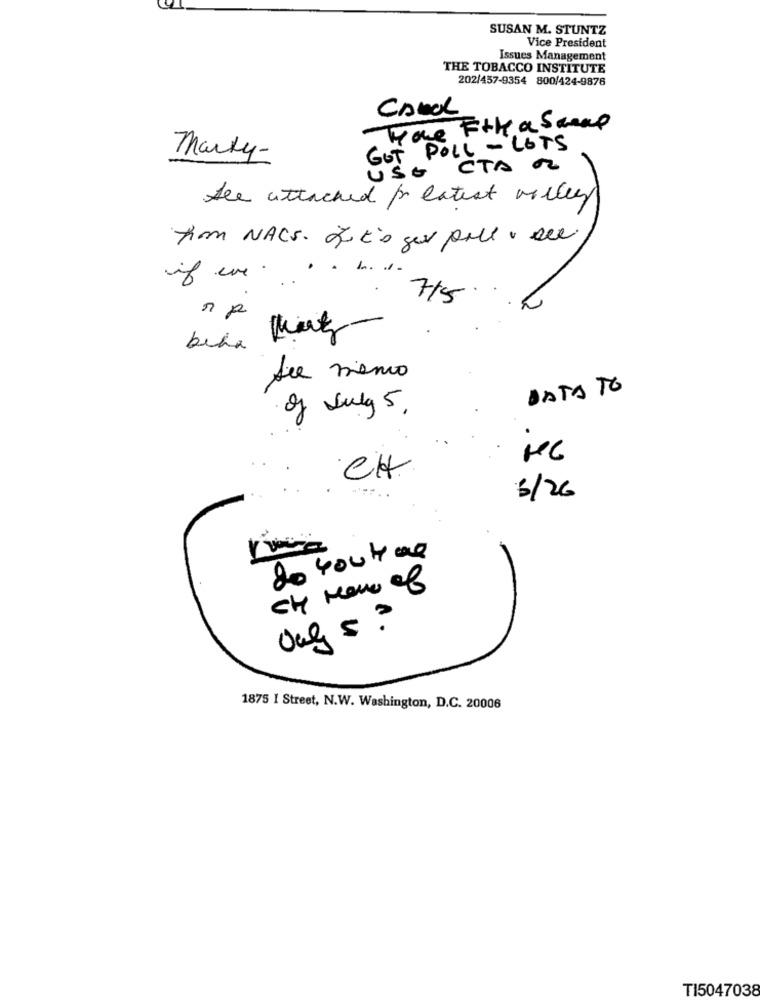
SUSAN M. STUNTZ
Vice President
Issues Management
THE TOBACCO INSTITUTE
202/457-9354 800/424-9878
Hoe Ftk a Samap
GOT POLL - LOTS
Marty-
USE CTA a
See attached for latest valley
from NACS. Eu to gor pall . ale
..
...
715
Sie meno
DATATO
of July 5.
CH
6/26
80 You Hue
CH How of
Ouls ?
1875 I Street, N.W. Washington, D.C. 20006
TI5047038